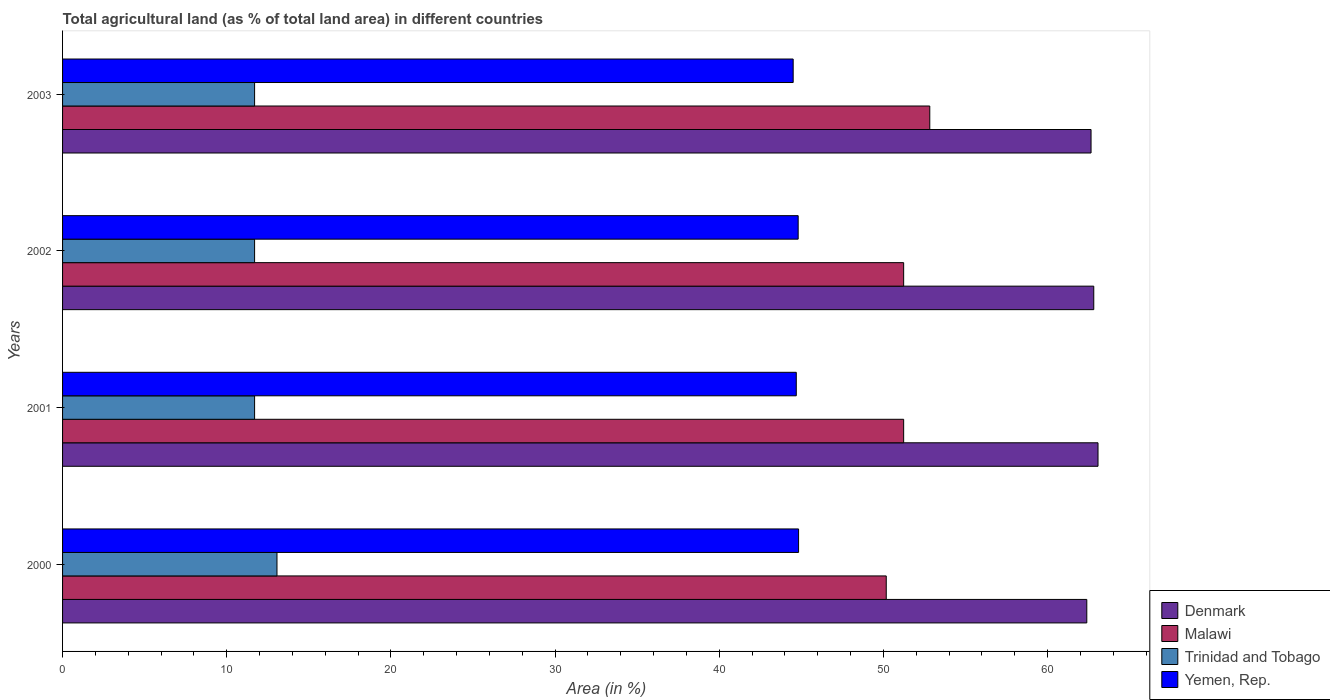
| Years | Denmark | Malawi | Trinidad and Tobago | Yemen, Rep. |
 | --- | --- | --- | --- | --- |
 | 2000 | 62.4 | 50.2 | 13.1 | 44.8 |
 | 2001 | 63.1 | 51.2 | 11.7 | 44.7 |
 | 2002 | 62.8 | 51.2 | 11.7 | 44.8 |
 | 2003 | 62.6 | 52.8 | 11.7 | 44.5 |